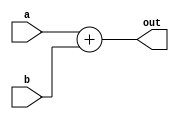
module Adder32bit (out, a, b); 
input [31:0]a, b; 
output [31:0]out; 

// implementation details are left to the student  
assign #50 out = a + b;

endmodule 

//////////////////////////////////////////////////////

module SignExtend (out, in); 
input [15:0]in; 
output [31:0]out; 
reg [31:0] out;
// implementation details are left to the student  
always @(in)begin
  if (in[15]==0)
      begin
      out = {16'h0,in};
      end
  else 
      begin
      out = {16'hffff,in};
      end
end

endmodule 

//////////////////////////////////////////////////////

module Comparator32bit (equal, a, b); 
input [31:0]a, b; 
output equal; 
reg equal;
// implementation details are left to the student  
always @(a or b)begin
  if(a==b)
     begin
     #10 equal = 1;
     end
  else
     begin
     #10 equal = 0;
     end
end

endmodule 

//////////////////////////////////////////////////////

module ShiftLeft26_by2(out, in); 
input [25:0]in; 
output [27:0]out; 

// implementation details are left to the student  
assign out = in <<2;

endmodule 

//////////////////////////////////////////////////////

module ShiftLeft32_by2(out, in); 
input [31:0]in; 
output [31:0]out; 

// implementation details are left to the student  
assign out = in<<2;

endmodule 

//////////////////////////////////////////////////////

module Mux_3_to_1_5bit(out, s, i2, i1, i0); 
input [4:0] i2, i1, i0; 
input [1:0]s; 
output [4:0]out; 
reg [4:0] out;
// implementation details are left to the student  
always @(i0 or i1 or i2 or s) begin
     #6 case (s)
            2'b00: out = i0;
            2'b01: out = i1;
            2'b10: out = i2;
        endcase
    end
endmodule 

//////////////////////////////////////////////////////

module Mux_3_to_1_32bit(out, s, i2, i1, i0); 
input [31:0] i2, i1, i0; 
input [1:0]s; 
output [31:0]out; 
reg [31:0] out;
// implementation details are left to the student  
always @(i0 or i1 or i2 or s) begin
     #6 case (s)
            2'b00: out = i0;
            2'b01: out = i1;
            2'b10: out = i2;
        endcase
    end
endmodule 

//////////////////////////////////////////////////////

module Mux_2_to_1_32bit(out, s, i1, i0); 
input [31:0] i1, i0; 
input s; 
output [31:0]out; 
reg [31:0] out;
// implementation details are left to the student  
always @(i0 or i1 or s) begin
     #6 case (s)
            2'b00: out = i0;
            2'b01: out = i1;
        endcase
    end
endmodule